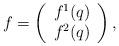
LaTeX: \begin{align*}f=\left(\begin{array}{c}f^1(q)\\f^2(q)\end{array} \right),\end{align*}